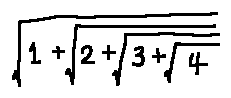
\sqrt { 1 + \sqrt { 2 + \sqrt { 3 + \sqrt { 4 } } } }